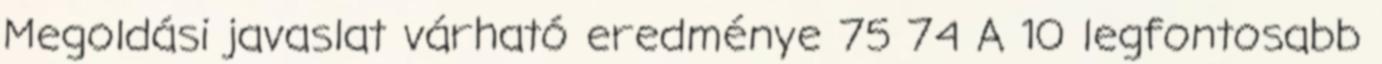
Megoldási javaslat várható eredménye 75 74 A 10 legfontosabb